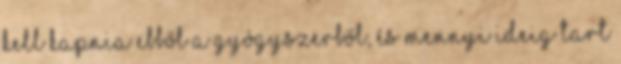
kell kapnia ebből a gyógyszerből, és mennyi ideig tart